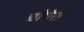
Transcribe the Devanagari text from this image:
चांगेरी